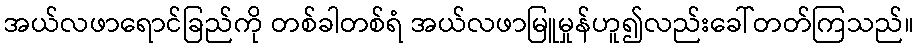
အယ်လဖာရောင်ခြည်ကို တစ်ခါတစ်ရံ အယ်လဖာမြူမှုန်ဟူ၍လည်းခေါ်တတ်ကြသည်။